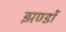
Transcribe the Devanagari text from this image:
झण्‍डों